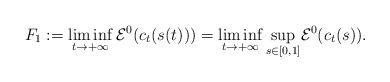
LaTeX: \begin{align*} F_1:=\liminf_{t\to +\infty}\mathcal{E}^0_{}(c_t(s(t)))=\liminf_{t\to+\infty}\underset{s\in[0,1]}{\sup}\mathcal{E}^0_{}(c_t(s)).\end{align*}